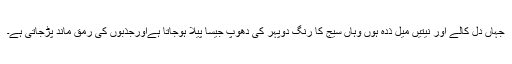
جہاں دل کالے اور نیتیں میل ذدہ ہوں وہاں سیج کا رنگ دوپہر کی دھوپ جیسا پیلا ہوجاتا ہےاورجذبوں کی رمق ماند پڑجاتی ہے۔